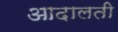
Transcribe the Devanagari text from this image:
आदालती